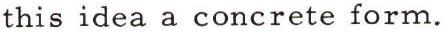
this idea a concrete form.